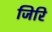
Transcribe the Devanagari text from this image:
जिरि